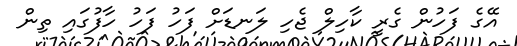
އޭގެ ފަހުން ގެރީ ކާހިލް ޖެހި ލަނޑަށް ފަހު ފަހު ހާފުގައި ތިން